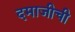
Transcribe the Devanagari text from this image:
दमाजीची